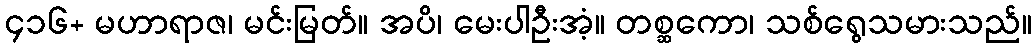
၄၁၆+ မဟာရာဇ၊ မင်းမြတ်။ အပိ၊ မေးပါဦးအံ့။ တစ္ဆကော၊ သစ်ရွေသမားသည်။